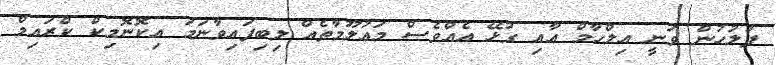
ފުލުހުން ވަނީ އިލްހާމް އާއި ގުޅޭ އެއްވެސް މަޢުލޫމާތެއް ލިބިފައިވާނަމަ އިކޮނޮމިކް ކްރައިމް